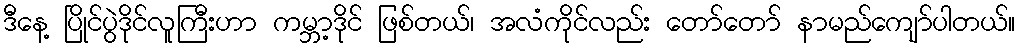
ဒီနေ့ ပြိုင်ပွဲဒိုင်လူကြီးဟာ ကမ္ဘာ့ဒိုင် ဖြစ်တယ်၊ အလံကိုင်လည်း တော်တော် နာမည်ကျော်ပါတယ်။